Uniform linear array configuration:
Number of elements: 4
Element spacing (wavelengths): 0.5
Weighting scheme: hamming
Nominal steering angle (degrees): -45
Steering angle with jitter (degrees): -43.61
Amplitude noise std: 0.05
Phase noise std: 0.05

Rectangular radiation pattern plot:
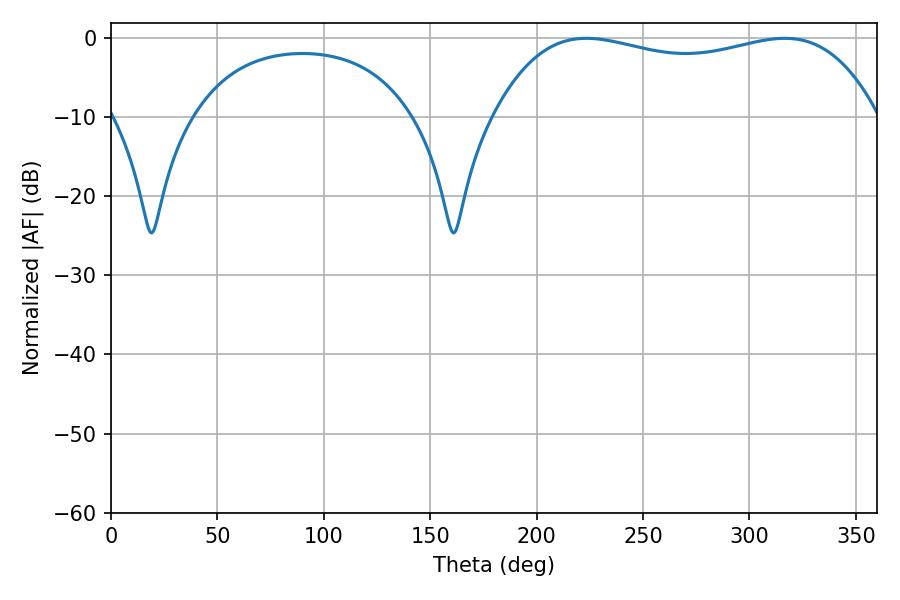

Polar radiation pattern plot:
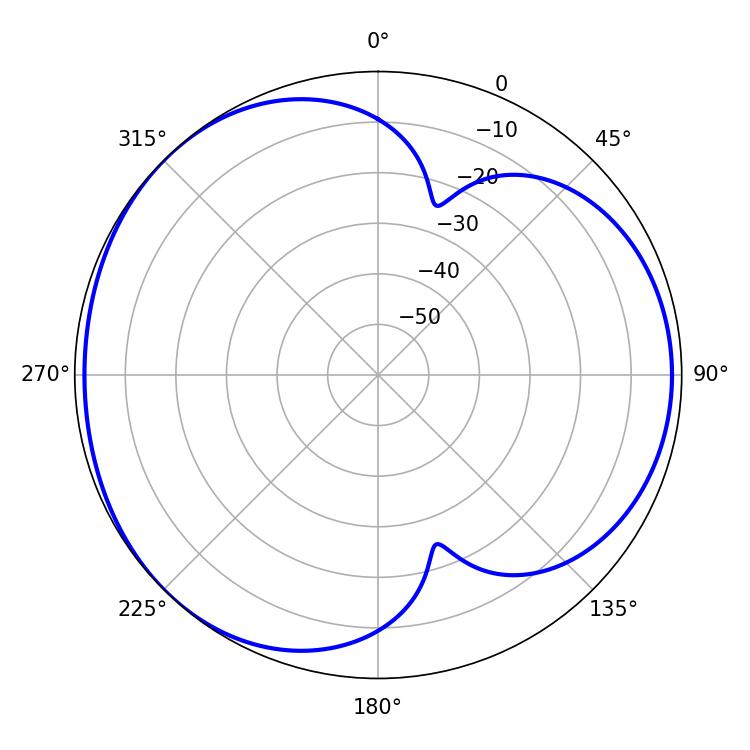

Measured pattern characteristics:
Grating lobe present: FALSE
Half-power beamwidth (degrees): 145.8
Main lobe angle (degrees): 223.38